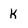
Character: K